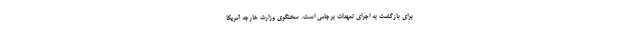
برای بازگشت به اجرای تعهدات برجامی است. سخنگوی وزارت خارجه آمریکا